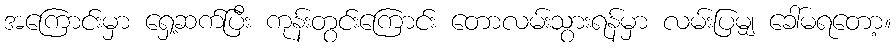
အကြောင်းမှာ ရှေ့ဆက်ပြီး ကုန်းတွင်းကြောင်း တောလမ်းသွားရန်မှာ လမ်းပြမျှ ခေါ်မရတော့။